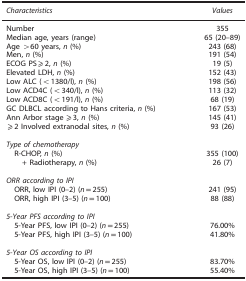
| Characteristics | Values |
 | --- | --- |
 | Number | 355 |
 | Median age, years (range) | 65 (20–89) |
 | Age >60 years, n (%) | 243 (68) |
 | Men, n (%) | 191 (54) |
 | ECOG PS⩾2, n (%) | 19 (5) |
 | Elevated LDH, n (%) | 152 (43) |
 | Low ALC (<1380/l), n (%) | 198 (56) |
 | Low ACD4C (<340/l), n (%) | 113 (32) |
 | Low ACD8C (<191/l), n (%) | 68 (19) |
 | GC DLBCL according to Hans criteria, n (%) | 167 (53) |
 | Ann Arbor stage ⩾3, n (%) | 145 (41) |
 | ⩾2 Involved extranodal sites, n (%) | 93 (26) |
 |  |  |
 | <COLSPAN=2> Type of chemotherapy |
 | R-CHOP, n (%) | 355 (100) |
 | + Radiotherapy, n (%) | 26 (7) |
 |  |  |
 | <COLSPAN=2> ORR according to IPI |
 | ORR, low IPI (0–2) (n=255) | 241 (95) |
 | ORR, high IPI (3–5) (n=100) | 88 (88) |
 |  |  |
 | <COLSPAN=2> 5-Year PFS according to IPI |
 | 5-Year PFS, low IPI (0–2) (n=255) | 76.00% |
 | 5-Year PFS, high IPI (3–5) (n=100) | 41.80% |
 |  |  |
 | <COLSPAN=2> 5-Year OS according to IPI |
 | 5-Year OS, low IPI (0–2) (n=255) | 83.70% |
 | 5-Year OS, high IPI (3–5) (n=100) | 55.40% |